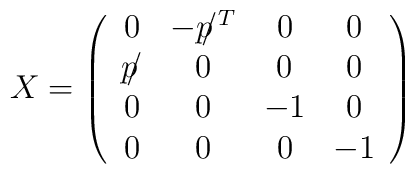
X = \left( \begin{array}{cccc}0 & - p \!\! / ^ T & 0 & 0 \\p \!\! / & 0 & 0 & 0 \\0 & 0 & -1 & 0 \\0 & 0 & 0 & -1 \end{array}\right)